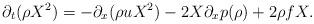
LaTeX: \begin{align*}\partial_t (\rho X^2) = -\partial_x(\rho u X^2) - 2X\partial_x p(\rho)+2\rho f X.\end{align*}